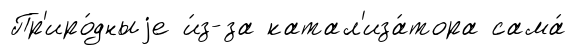
Пр'иро́дныjе и́з-за катал'иза́тора сама́